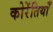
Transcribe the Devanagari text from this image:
कोरेंतियाँ